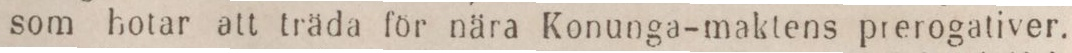
som hotar att träda för nära Konunga-maktens prerogativer.